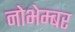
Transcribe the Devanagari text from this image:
नोभेम्बर